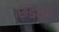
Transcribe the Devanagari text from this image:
छडवी